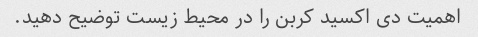
اهمیت دی اکسید کربن را در محیط زیست توضیح دهید.